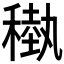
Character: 𥡩